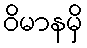
ဝိမာနမှိ